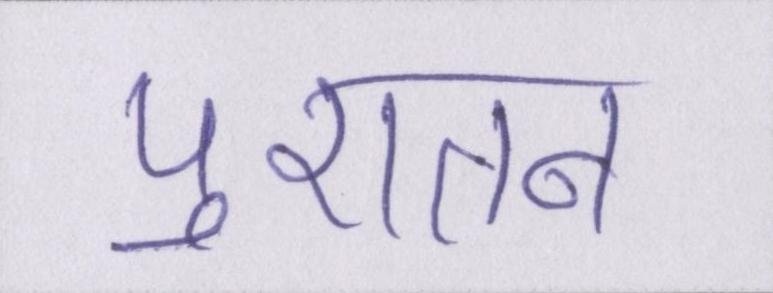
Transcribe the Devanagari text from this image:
पुरातन